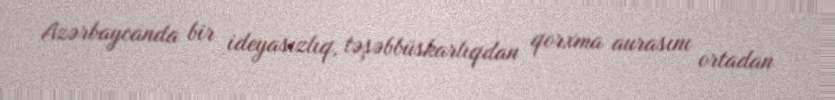
Azərbaycanda bir ideyasızlıq, təşəbbüskarlıqdan qorxma aurasını ortadan